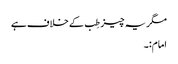
مگر یہ چیز طِب کے خلاف ہے
امام:۔